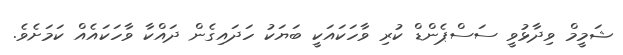
ޝަމީމް ވިދާޅުވީ ސަސްޕެންޑް ކުރި ވާހަކައަކީ ބަޔަކު ހަދައިގެން ދައްކާ ވާހަކައެއް ކަމަށެވެ.